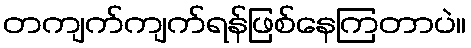
တကျက်ကျက်ရန်ဖြစ်နေကြတာပဲ။